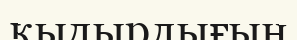
қыдырлығын